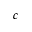
c